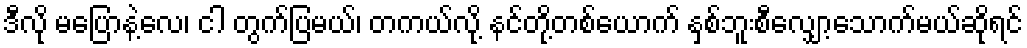
ဒီလို မပြောနဲ့လေ၊ ငါ တွက်ပြမယ်၊ တကယ်လို့ နင်တို့တစ်ယောက် နှစ်ဘူးစီလျှော့သောက်မယ်ဆိုရင်